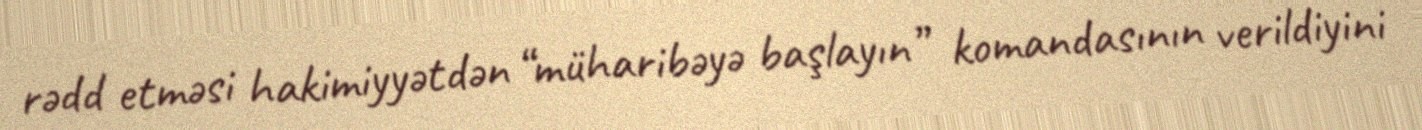
rədd etməsi hakimiyyətdən “müharibəyə başlayın” komandasının verildiyini